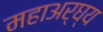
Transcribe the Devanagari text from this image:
महाअर्घ्य